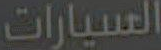
السيارات